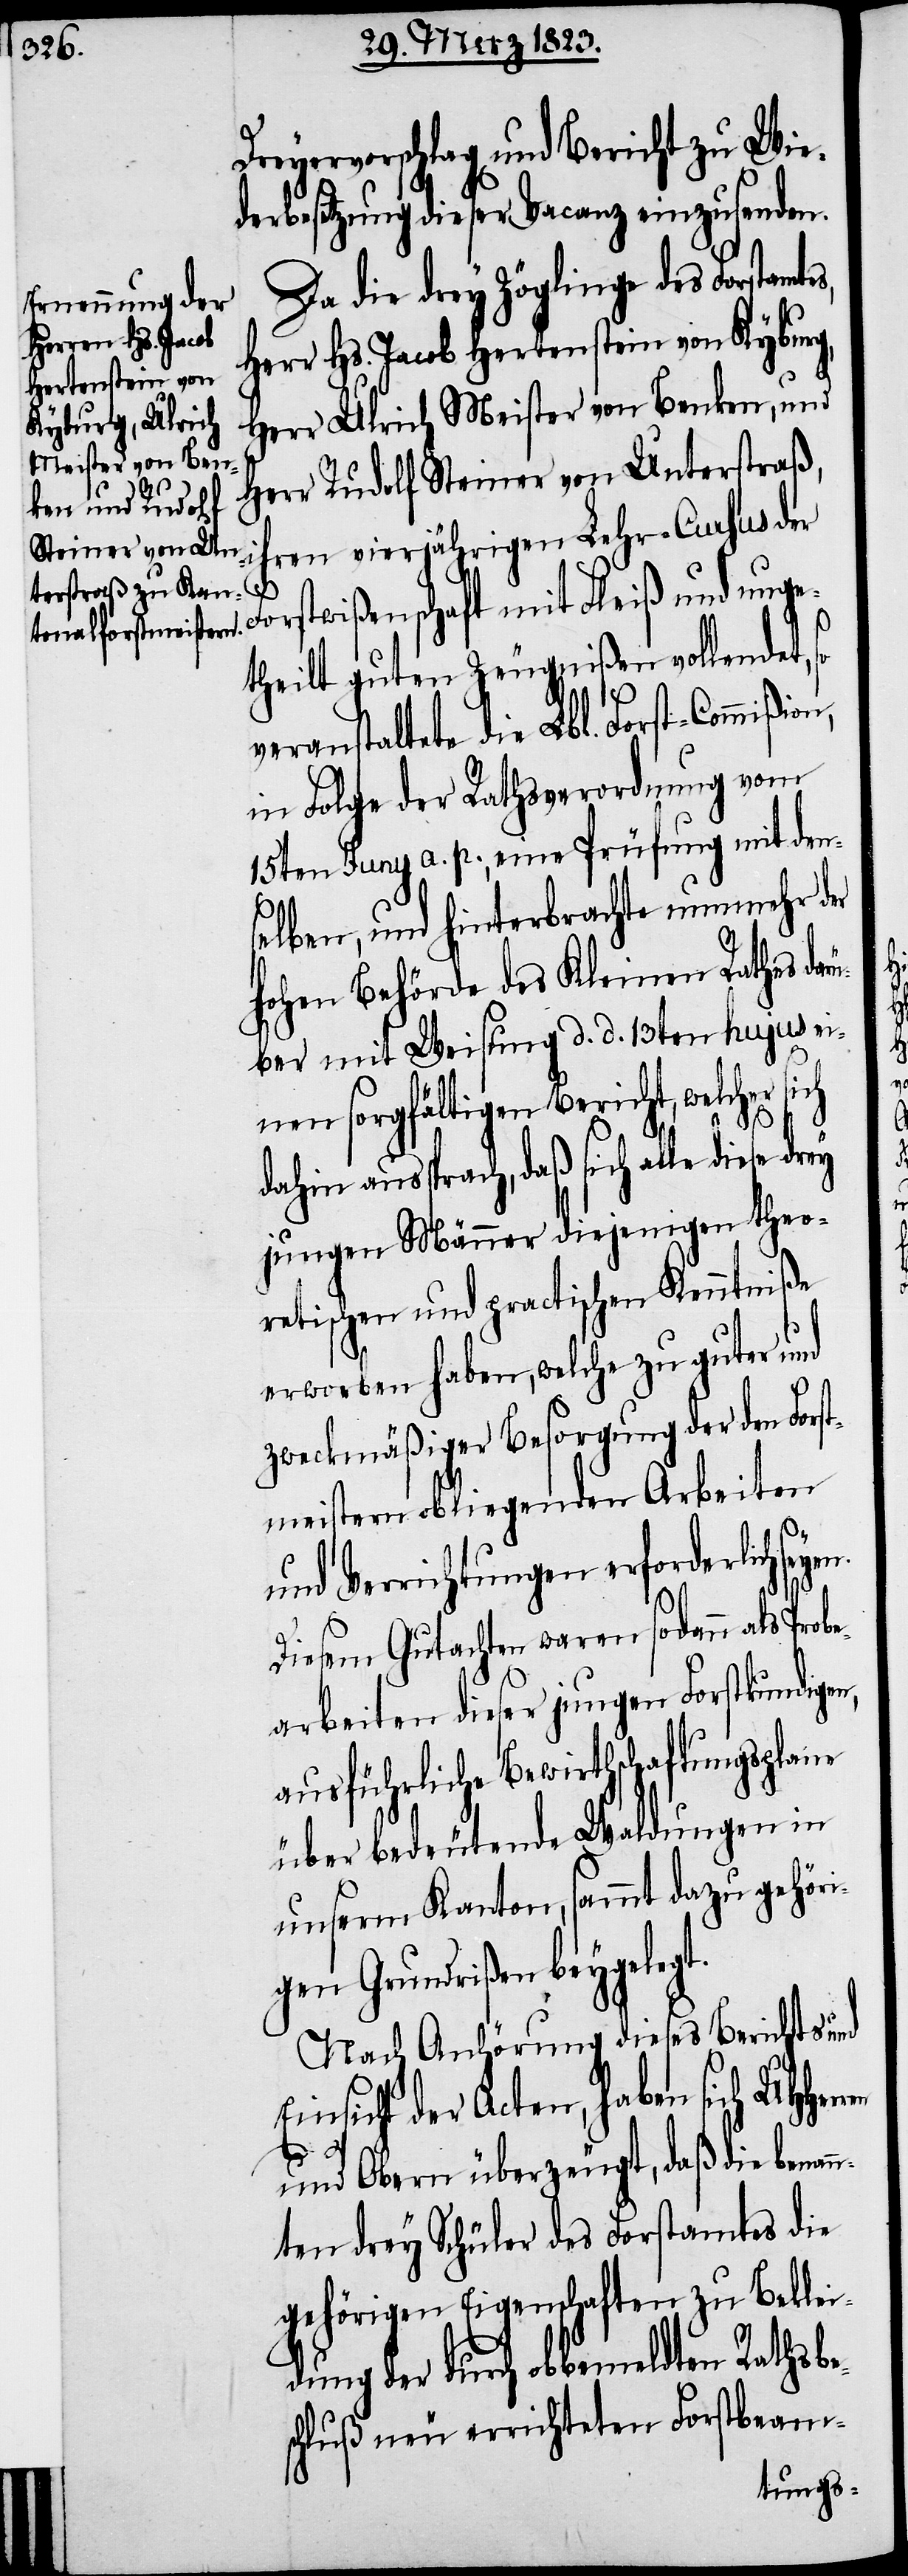
Dreyervorschlag und Bericht zu Wie¬
derbesetzung dieser Vacanz einzusenden.
Da die drey Zöglinge des Forstamt¬
Herr Hs. Jacob Hertenstein von Kyburg,
Herr Ulrich Meister von Benken, und
Herr Rudolf Steiner von Unterstraß,
ihren vierjährigen Lehr-Cursus der
n¬
Forstwißenschaft mit Fleiß und unge¬
theilt guten Zeugnißen vollendet,
veranstaltete die Lbl. Forst-Commißion,
in Folge der Rathsverordnung vom
15ten Juny a. p., eine Prüfung mit den¬
selben, und hinterbrachte nunmehr der
hohen Behörde des Kleinen Rathes da¬
ber mit Weisung d. d. 13ten hujus ei¬
nen sorgfältigen Bericht, welcher si¬
dahin aussprach, daß sich alle diese
jungen Männer diejenigen theo¬
retischen und practischen Kenntniße
erworben haben, welche zu guter und
zweckmäßiger Besorgung der den Forst¬
meistern obliegenden Arbeiten
und Verrichtungen erforderlich
Diesem Gutachten waren sodann als Prob¬
earbeiten dieser jungen Forstkundige¬
ausführliche Bewirthschaftsungsplane
über bedeutende Waldungen in
unserm Kanton, sammt dazu gehöri¬
gen Grundrißen beygelegt.
Nach Anhörung dieses Berichts und
Einsicht der Acten, haben sich UHHer¬
und Obern überzeugt, daß die bena¬
nten drey Schüler des Forstamtes die
gehörigen Eigenschaften zu Beklei¬
dung der durch obbemeldten Rathsbe¬
schluß neu errichteten Forstbeam-